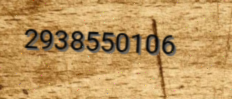
2938550106